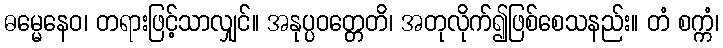
ဓမ္မေနေဝ၊ တရားဖြင့်သာလျှင်။ အနုပ္ပဝတ္တေတိ၊ အတုလိုက်၍ဖြစ်စေသနည်း။ တံ စက္ကံ၊